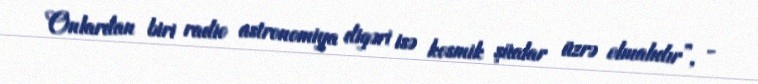
Onlardan biri radio astronomiya digəri isə kosmik şüalar üzrə olmalıdır”, -